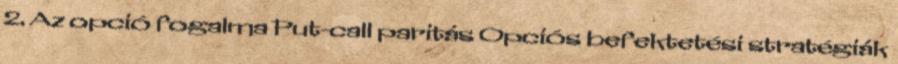
2. Az opció fogalma Put-call paritás Opciós befektetési stratégiák